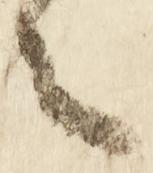
之